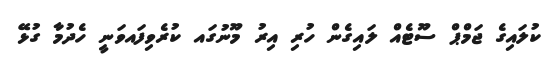
ކުލައިގެ ޖަމްޕް ސޫޓެއް ލައިގެން ހުރި އިރު މޫނުގައ ކުރެވިފައވަނީ ހެދުމާ ގުޅޭ